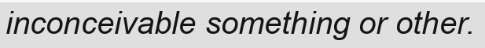
inconceivable something or other.